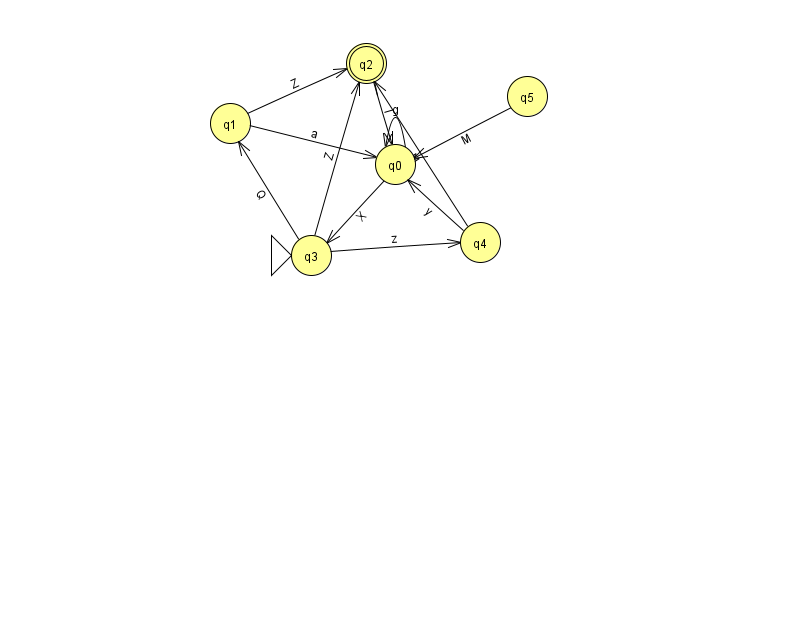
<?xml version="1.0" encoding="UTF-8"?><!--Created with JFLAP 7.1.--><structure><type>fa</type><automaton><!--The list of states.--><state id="0" name="q0"><x>395.0</x><y>151.0</y></state><state id="1" name="q1"><x>230.0</x><y>110.0</y></state><state id="2" name="q2"><x>366.0</x><y>50.0</y><final/></state><state id="3" name="q3"><x>311.0</x><y>242.0</y><initial/></state><state id="4" name="q4"><x>480.0</x><y>229.0</y></state><state id="5" name="q5"><x>527.0</x><y>83.0</y></state><!--The list of transitions.--><transition><from>0</from><to>3</to><read>X</read></transition><transition><from>3</from><to>2</to><read>Z</read></transition><transition><from>1</from><to>2</to><read>Z</read></transition><transition><from>3</from><to>1</to><read>Q</read></transition><transition><from>3</from><to>4</to><read>z</read></transition><transition><from>0</from><to>0</to><read>g</read></transition><transition><from>4</from><to>2</to><read>M</read></transition><transition><from>2</from><to>0</to><read>I</read></transition><transition><from>1</from><to>0</to><read>a</read></transition><transition><from>4</from><to>0</to><read>y</read></transition><transition><from>5</from><to>0</to><read>M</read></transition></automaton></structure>